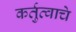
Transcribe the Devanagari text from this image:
कर्तुत्वाचे